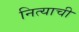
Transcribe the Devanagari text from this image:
नित्याची